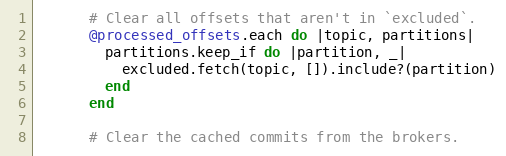
Language: Ruby
      # Clear all offsets that aren't in `excluded`.
      @processed_offsets.each do |topic, partitions|
        partitions.keep_if do |partition, _|
          excluded.fetch(topic, []).include?(partition)
        end
      end

      # Clear the cached commits from the brokers.